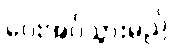
ပေးအပ်သွားမည်